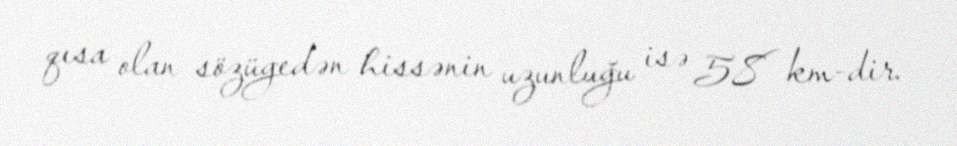
qısa olan sözügedən hissənin uzunluğu isə 58 km-dir.